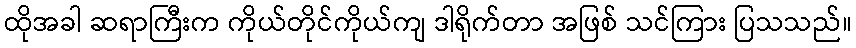
ထိုအခါ ဆရာကြီးက ကိုယ်တိုင်ကိုယ်ကျ ဒါရိုက်တာ အဖြစ် သင်ကြား ပြသသည်။